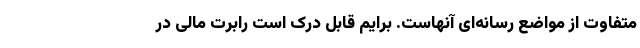
متفاوت از مواضع رسانه‌ای آنهاست. برایم قابل درک است رابرت مالی در